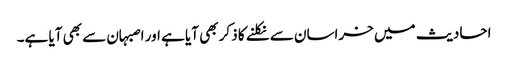
احادیث میں خراسان سے نکلنے کا ذکر بھی آیا ہے اور اصبہان سے بھی آیا ہے۔